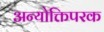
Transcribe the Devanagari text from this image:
अन्योक्तिपरक